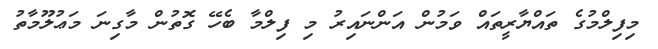
މިފިލްމުގެ ތައްޔާރީތައް ވަމުން އަންނައިރު މި ފިލްމާ ބެހޭ ގޮތުން މާގިނަ މަޢުލޫމާތު